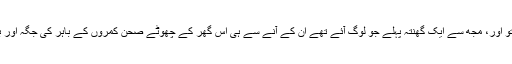
جب میں گھر کے اندر صحن میں پہنچا تو دیکھا کہ جگہ ہی نہیں بچی حالانکہ میں جلدی گیا تھا اور تو اور، مجھ سے ایک گھنتہ پہلے جو لوگ آئے تھے ان کے آنے سے ہی اس گھر کے چھوٹے صحن کمروں کے باہر کی جگہ اور بڑے صحن، جہاں امام خمینی ؒنماز جماعت پڑھایا کرتے تھے، لوگوں کے اژدھام سے بھر چکی تھی۔